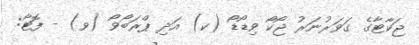
ޖަކާޓާގެ ގަވަރުނަރު ޖޯކޯ ވިޑޯޑޯ (ކ) އަދި ޕްރަބޯވޯ (ވ) - ފޮޓޯ: